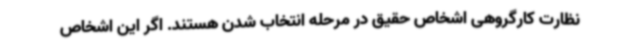
نظارت کارگروهی اشخاص حقیق در مرحله انتخاب شدن هستند. اگر این اشخاص